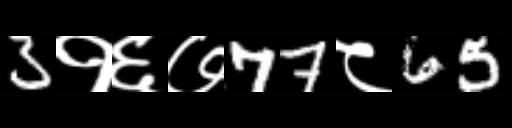
Text: 3१६७77८65